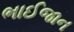
ભાઈજાન